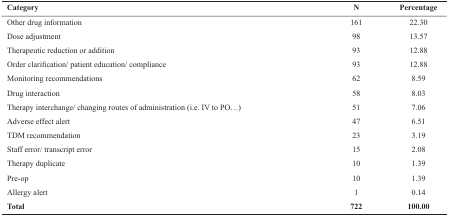
<table><thead><tr><td><b>Category </b></td><td><b>N </b></td><td><b>Percentage </b></td></tr></thead><tbody><tr><td>Other drug information </td><td>161 </td><td>22.30 </td></tr><tr><td>Dose adjustment </td><td>98 </td><td>13.57 </td></tr><tr><td>Therapeutic reduction or addition </td><td>93 </td><td>12.88 </td></tr><tr><td>Order clarification/ patient education/ compliance </td><td>93 </td><td>12.88 </td></tr><tr><td>Monitoring recommendations </td><td>62 </td><td>8.59 </td></tr><tr><td>Drug interaction </td><td>58 </td><td>8.03 </td></tr><tr><td>Therapy interchange/ changing routes of administration (i.e. IV to PO...) </td><td>51 </td><td>7.06 </td></tr><tr><td>Adverse effect alert </td><td>47 </td><td>6.51 </td></tr><tr><td>TDM recommendation </td><td>23 </td><td>3.19 </td></tr><tr><td>Staff error/ transcript error </td><td>15 </td><td>2.08 </td></tr><tr><td>Therapy duplicate </td><td>10 </td><td>1.39 </td></tr><tr><td>Pre-op </td><td>10 </td><td>1.39 </td></tr><tr><td>Allergy alert </td><td>1 </td><td>0.14 </td></tr></tbody></table>